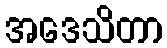
အဒေသိတာ